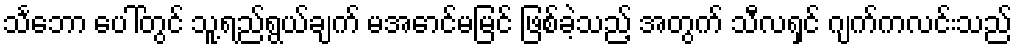
သင်္ဘော ပေါ်တွင် သူ့ရည်ရွယ်ချက် မအောင်မမြင် ဖြစ်ခဲ့သည့် အတွက် သီလရှင် ဂျက်ကလင်းသည်